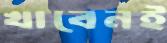
খাবেনই